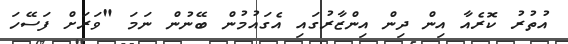
އުތުރު ކޮރެއާ އިން ދިން އިންޒާރުގައި އެގައުމުން ބޭނުން ނަމަ "ވަރަށް ފަސޭހަ